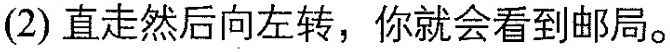
(2)直走然后向左转，你就会看到邮局。